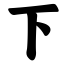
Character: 下